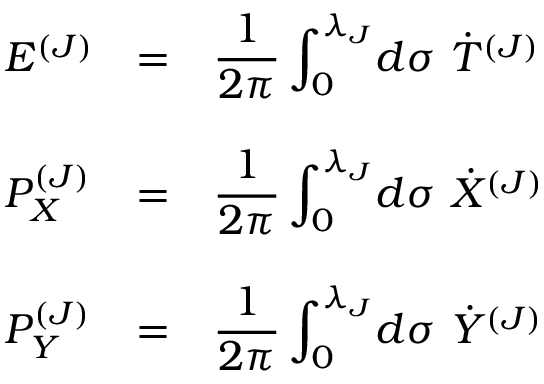
\begin{array} { l c l } { { E ^ { ( J ) } } } & { { = } } & { { { \displaystyle \frac { 1 } { 2 \pi } \int _ { 0 } ^ { \lambda _ { J } } \! d \sigma ~ { \dot { T } } ^ { ( J ) } } } } \\ { { } } & { { } } & { { } } \\ { { P _ { X } ^ { ( J ) } } } & { { = } } & { { { \displaystyle \frac { 1 } { 2 \pi } \int _ { 0 } ^ { \lambda _ { J } } \! d \sigma { } ~ { \dot { X } } ^ { ( J ) } } } } \\ { { } } & { { } } & { { } } \\ { { P _ { Y } ^ { ( J ) } } } & { { = } } & { { { \displaystyle \frac { 1 } { 2 \pi } \int _ { 0 } ^ { \lambda _ { J } } \! d \sigma { } ~ { \dot { Y } } ^ { ( J ) } } } } \end{array}